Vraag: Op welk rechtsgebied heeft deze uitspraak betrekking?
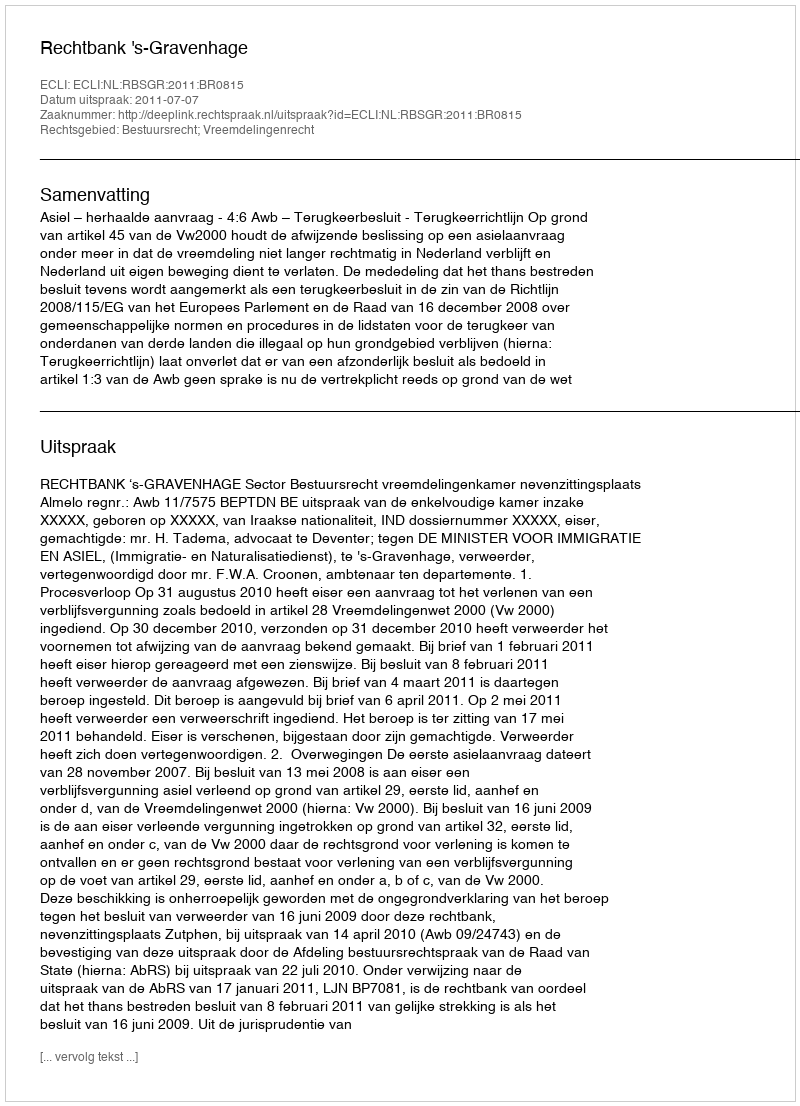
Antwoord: Bestuursrecht; Vreemdelingenrecht